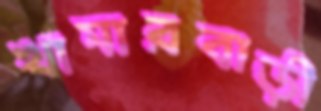
খামারবাড়ী